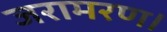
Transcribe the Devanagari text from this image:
जरामरण।